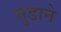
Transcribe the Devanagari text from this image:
सुडाने